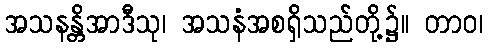
အသနန္တိအာဒီသု၊ အသနံအစရှိသည်တို့၌။ တာဝ၊